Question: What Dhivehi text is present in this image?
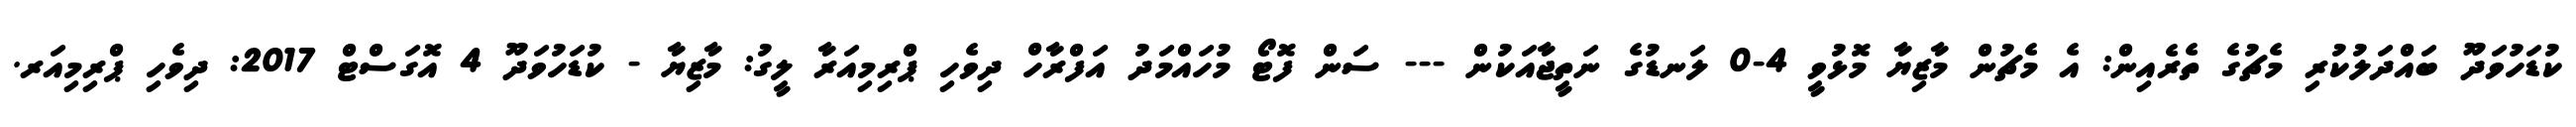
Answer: ކުޑަހުވަދޫ ބައްދަލުކުރި މެޗުގެ ތެރެއިން: އެ މެޗުން މާޒިޔާ މޮޅުވީ 4-0 ލަނޑުގެ ނަތީޖާއަކުން --- ސަން ފޮޓޯ މުހައްމަދު އަފްރާހް ދިވެހި ޕްރިމިއަރާ ލީގު: މާޒިޔާ - ކުޑަހުވަދޫ 4 އޮގަސްޓް 2017: ދިވެހި ޕްރިމިއަރ.